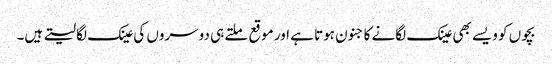
بچوں کو ویسے بھی عینک لگانے کا جنون ہوتا ہے اور موقع ملتے ہی دوسروں کی عینک لگا لیتے ہیں۔